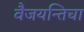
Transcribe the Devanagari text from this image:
वैजयन्तिचा